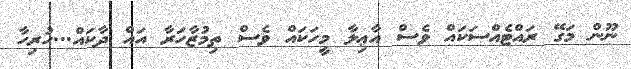
ނޫން މަގޭ ރައްޓެއްސަކައް ވެސް އާޢިލާ މީހަކައް ވެސް ތިމުޒާހަރާ އައް ދާކައް...ހުރިހާ